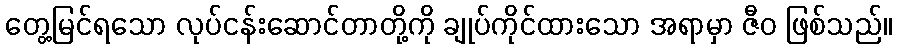
တွေ့မြင်ရသော လုပ်ငန်းဆောင်တာတို့ကို ချုပ်ကိုင်ထားသော အရာမှာ ဇီဝ ဖြစ်သည်။